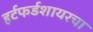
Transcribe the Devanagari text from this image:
हर्टफर्डशायरचा